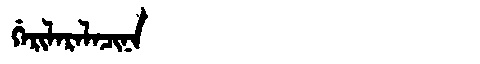
Manchu: ᡤᡝᡵᡳᠯᠠᡵᠠᠯᠠᠴᡳᠨᠠ
Romanization: GERILARALACINA